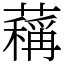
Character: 䕝